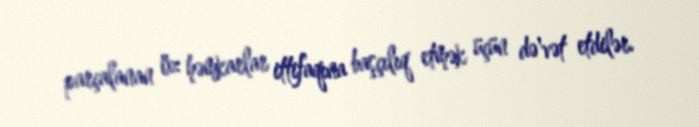
parçalanan öz həmkarlar ittifaqına başçılıq etmək üçün də'vət etdilər.